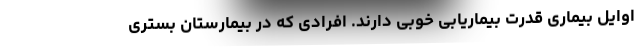
اوایل بیماری قدرت بیماریابی خوبی دارند. افرادی که در بیمارستان بستری